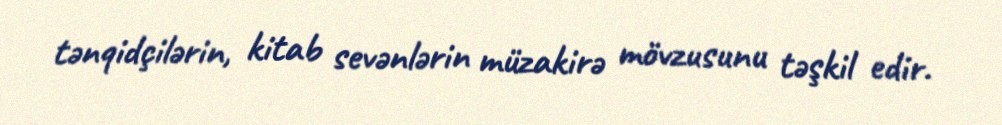
tənqidçilərin, kitab sevənlərin müzakirə mövzusunu təşkil edir.